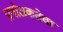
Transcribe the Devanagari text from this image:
प्रायोजकतेचा